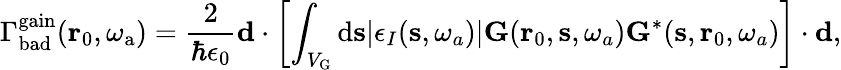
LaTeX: \Gamma_{\mathrm{bad}}^{\mathrm{gain}}(\mathbf{r}_{0},\omega_{\mathrm{a}})=\frac{2}{\hbar\epsilon_{0}}\mathbf{d}\cdot\left[\int_{V_{\mathrm{G}}}{\mathrm d}{\mathbf s}|\epsilon_{I}(\mathbf{s},\omega_{a})|\mathbf{G}(\mathbf{r}_{0},\mathbf{s},\omega_{a})\mathbf{G}^{*}(\mathbf{s},\mathbf{r}_{0},\omega_{a})\right]\cdot\mathbf{d},